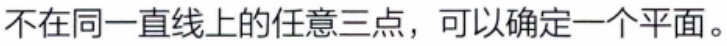
不在同一直线上的任意三点，可以确定一个平面。